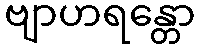
ဗျာဟရန္တော